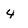
Character: 4